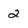
Character: 2